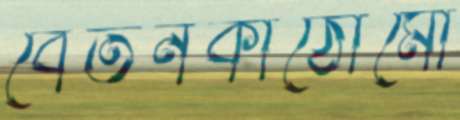
বেতনকাঠোমো